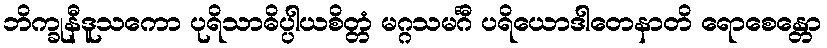
ဘိက္ခုနီဒူသကော ပုရိသာဓိပ္ပါယစိတ္တံ မဂ္ဂသမင်္ဂီ ပရိယောဒါတေနာတိ ရောစေန္တော